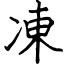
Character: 凍